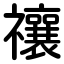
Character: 禳